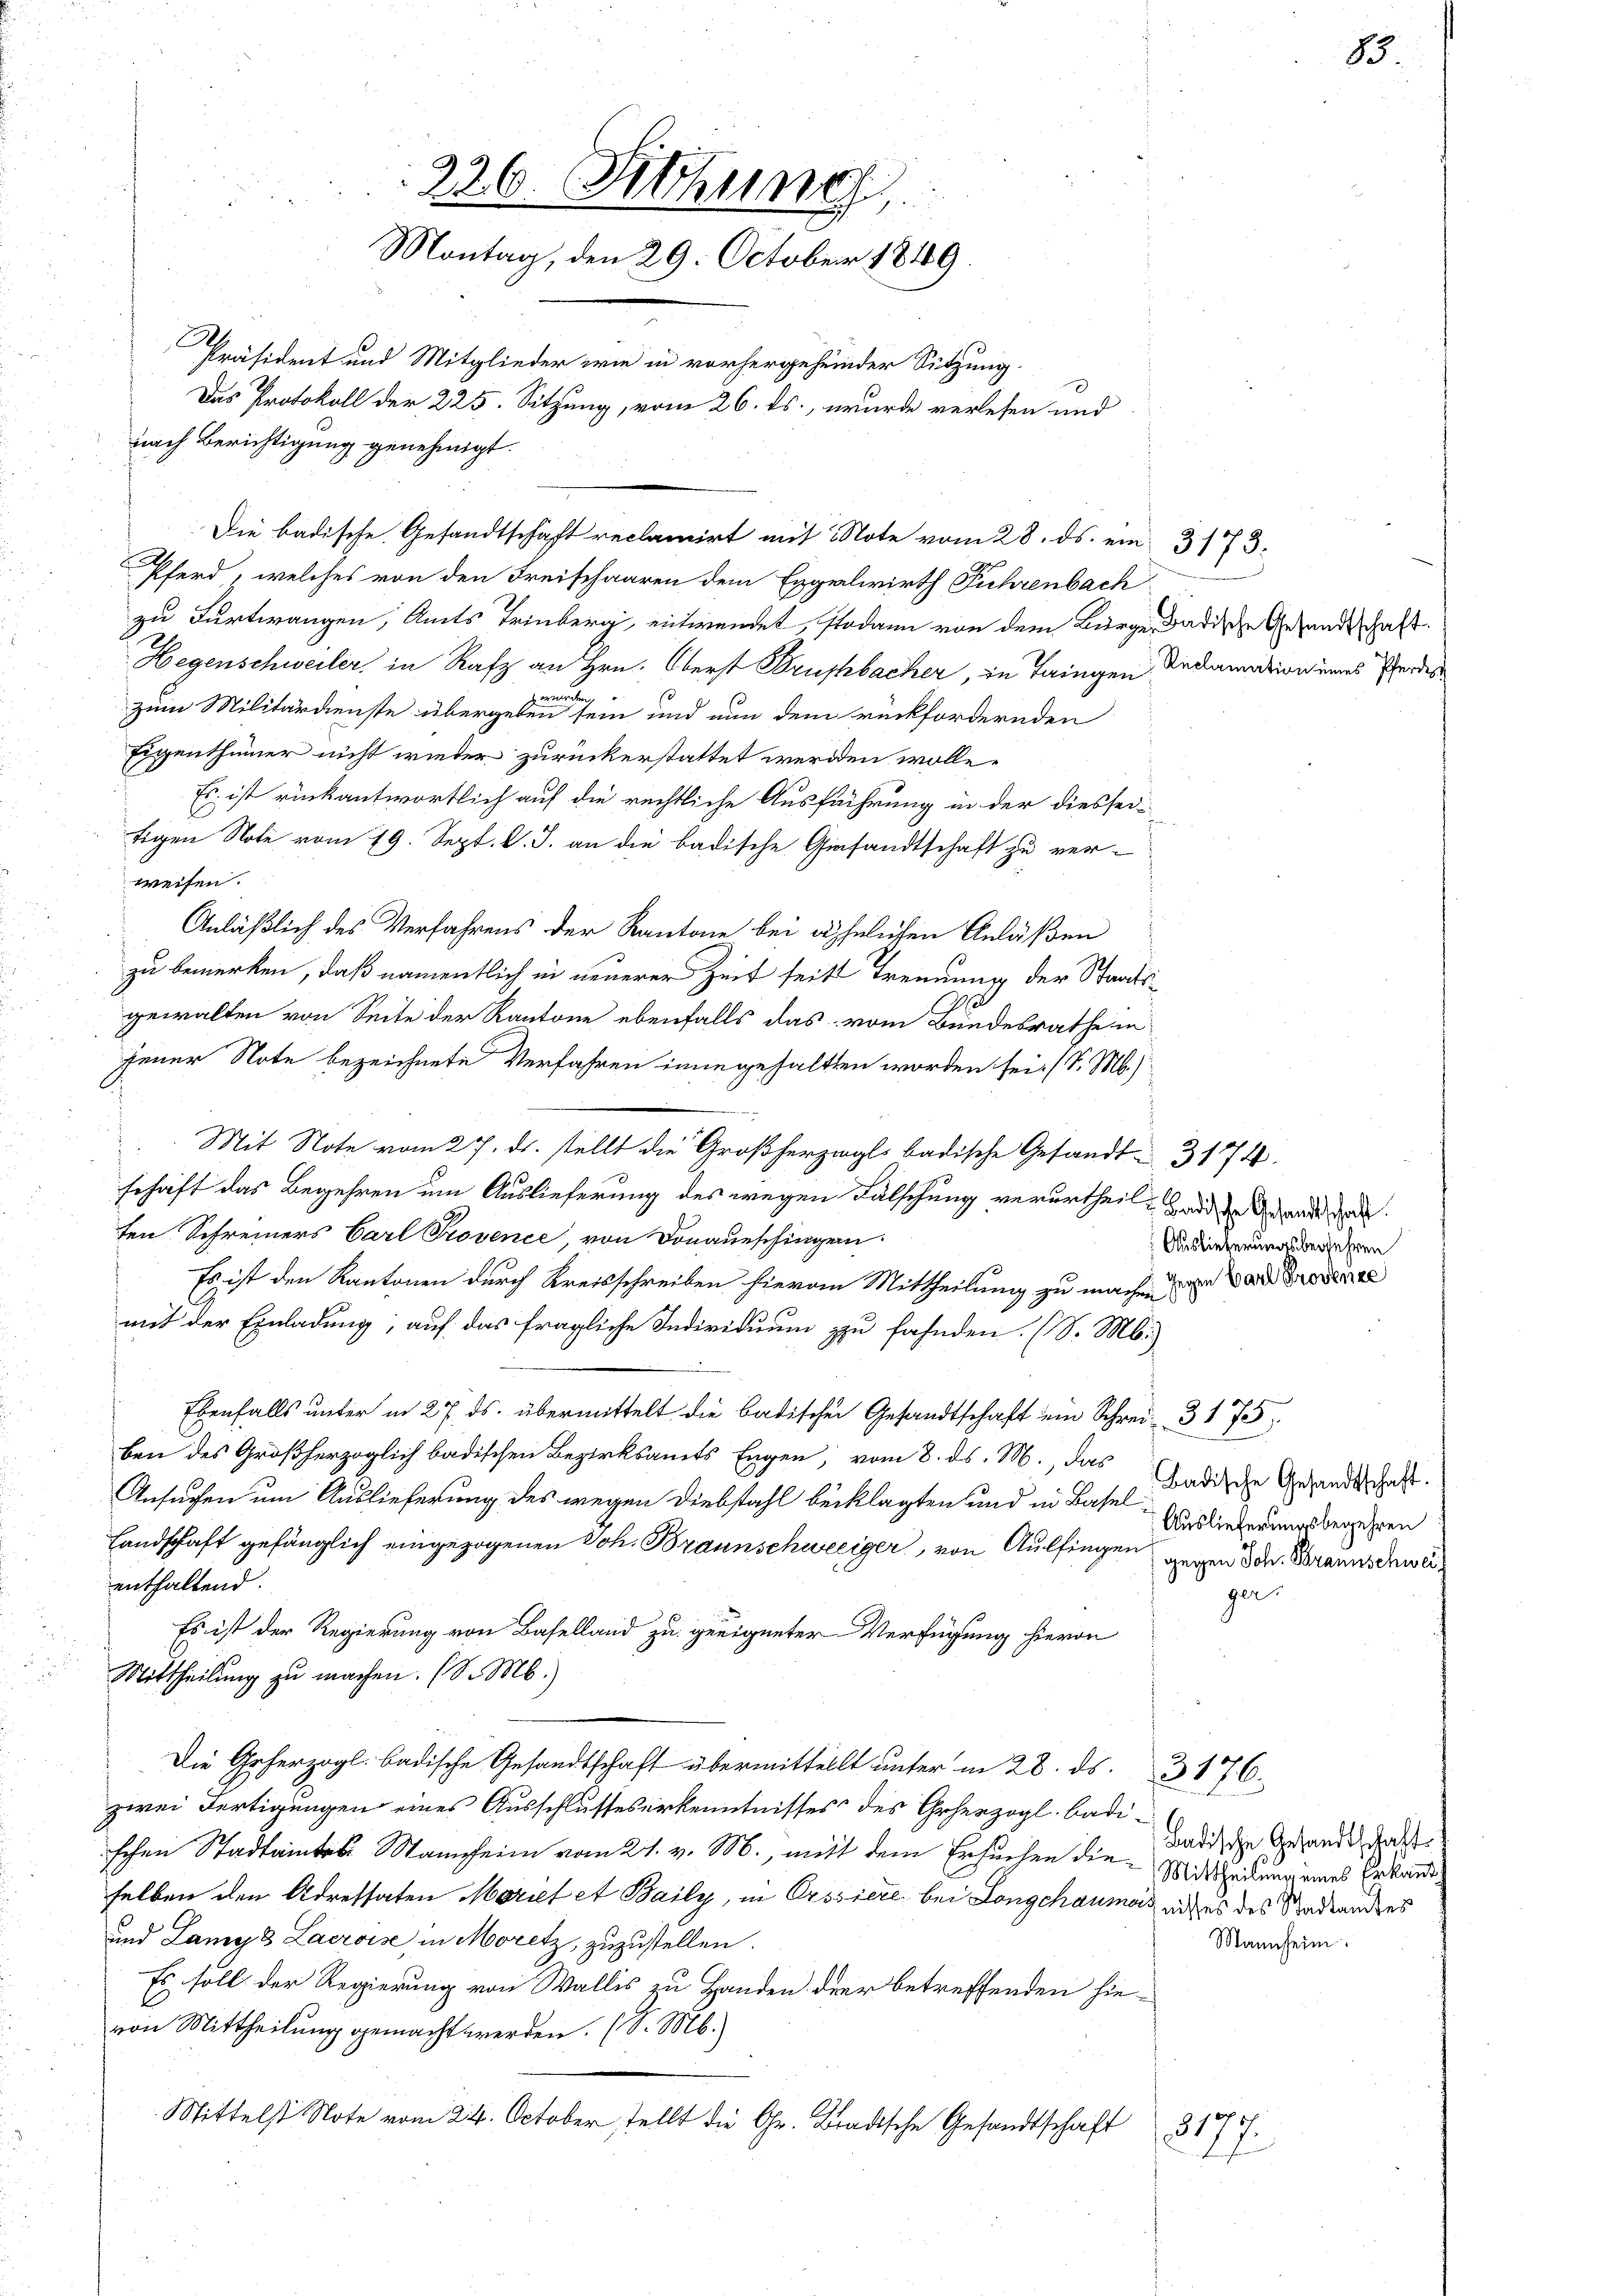
226. thung
Montag, den 29. October 1849.
.
Präsident und Mitglieder wie in vorhergeheinder Sitzung.
Das Protokoll der 225. Sitzung, vom 26. ds., wurde verlesen und
nach Berichtigung genehmigt.

Pferd, welches von den Freischaaren dem Eggelwirth Fuhrenbach
zu Furtwangen, Amts Trinberg, entwendet, sodann von dem Bürger Badische Gesandtschaft.
Hegenschweiler, in Rafz an Hrn. Oberst Brushbacher, in Tringen Redamation eines Pferdes
m
zum Militärdienste übergeben sein und nun dem rückfordernden
Eigenthümer nicht wieder zurückerstattet werden wolle.
Es ist rückantwortlich auf die rechtliche Ausführung in der diessei-
tigen Note vom 19. Sept. l. J. an die badische Giesandtschaft zu verweisen.
Anläßlich des Verfahrens der Kantone bei ähnlichen Anläßen
zu bemerken, daß namentlich in neuerer Zeit seits Trennung der Staatse
gewalten von Seite der Kantone ebenfalls das vom Bundesrathe in
jener Note bezeichnete Verfahren inne gehalten worden sei. (S. M.)
schaft das Begehren um Auslieferung des wegen Fälschung verurtheil, Hand die Gesandt
ten Schreiners Carl Provence, von Donaueschingen.
Es ist den Kantonen durch Kreisschreiben hievon Mittheilung zu machen an Dresdne
mit der Einladung, auf das fragliche Individuum zu fahnden. (S. M.)
Ebenfalls unter in 27. ds. übermittelt die badischen Gesandtschaft ein Schrei- 3 1 755.
ben des Großherzoglich badischen Bezirksamts Engen, vom 8. ds. M., das
Ansuchen um Auslieferung des wegen Diebstahl beklagten und in Basel
Landschaft gefänglich eingezogenen Joh. Braunschweiger, von Auffingen gegen den Braunschwerenthaltend.
Es ist der Regierung von Baselland zu geeigneter Verfügung hievon
Mittheilung zu machen. (S. M.)
Die Geherzogl. badische Gesandtschaft übermittellt unter in 28. ds. 3176.
zwei Fertigungen eines Ausschlusseserkenntnisses des Geherzogl. badischen Stadtamte Mannheim vom 21. v. M., mit dem Ersuchen dieselben den Adressaten Moriet et Baily, in Orssiere bei Longchaumer mit es des Stadtandes
und Lany 3 Lacroise in Moretz, zuzustellen.
Es soll der Regierung von Wallis zu Handen der betreffenden hie-
von Mittheilung gemacht werden. (S. M.
Mittelst Note vom 24. October stellt die Gr. Bradische Gesandtschaft
8177

Die badische Gesandtschaft reclamirt mit Note vom 28. ds. ein 3173.

Mit Note vom 27. ds. stellt die Großherzogl. badische Gesandt 3174.

Auslieferungsbegehren

ger

h ich

83.

Badische Gesandtschaft.
Auslieferungsbegehren

Badische Gesandtschafts
Mittheilung eines Erkannt
Mannheim.